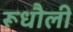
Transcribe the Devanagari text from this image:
रूधौली